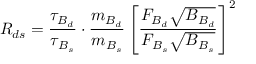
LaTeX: R _ { d s } = \frac { \tau _ { B _ { d } } } { \tau _ { B _ { s } } } \cdot \frac { m _ { B _ { d } } } { m _ { B _ { s } } } \left[ \frac { F _ { B _ { d } } \sqrt { B _ { B _ { d } } } } { F _ { B _ { s } } \sqrt { B _ { B _ { s } } } } \right] ^ { 2 }